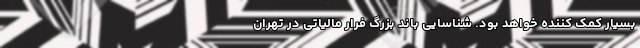
بسیار کمک کننده خواهد بود. شناسایی باند بزرگ فرار مالیاتی در تهران